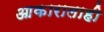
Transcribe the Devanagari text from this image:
आकारालाही